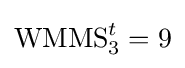
\operatorname {WMMS} _{3}^{t}=9